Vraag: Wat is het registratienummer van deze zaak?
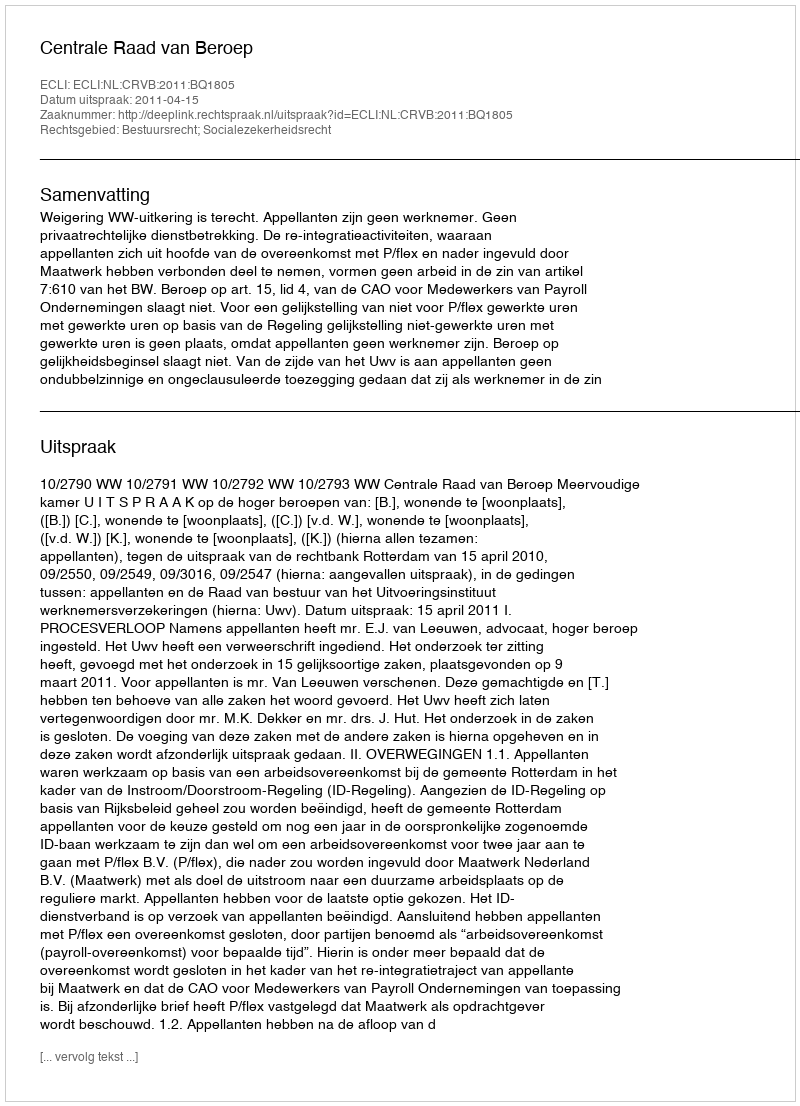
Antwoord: http://deeplink.rechtspraak.nl/uitspraak?id=ECLI:NL:CRVB:2011:BQ1805